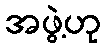
အဖွဲ့ဟု